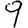
Digit: 9